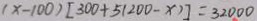
( x - 1 0 0 ) [ 3 0 0 + 5 ( 2 0 0 - x ) ] = 3 2 0 0 0